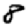
Digit: 8